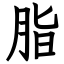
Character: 脂